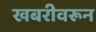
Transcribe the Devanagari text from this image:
खबरीवरून